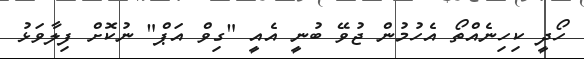
ހޯދީ ކިހިނެއްތޯ އެހުމުން ޖުވޭ ބުނީ އެއީ "ގިވް އަޕް" ނުކޮށް ފިލާވަޅު